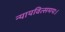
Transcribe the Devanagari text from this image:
न्यायवित्समयः।